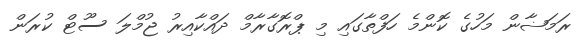
ރަމަޟާން މަހުގެ ކޮންމެ ހަފްތާގައި މި ޕްރޮގާރާމް ދައްކާއިރު ޖުމްލަ ސޫޓް ކުރަން